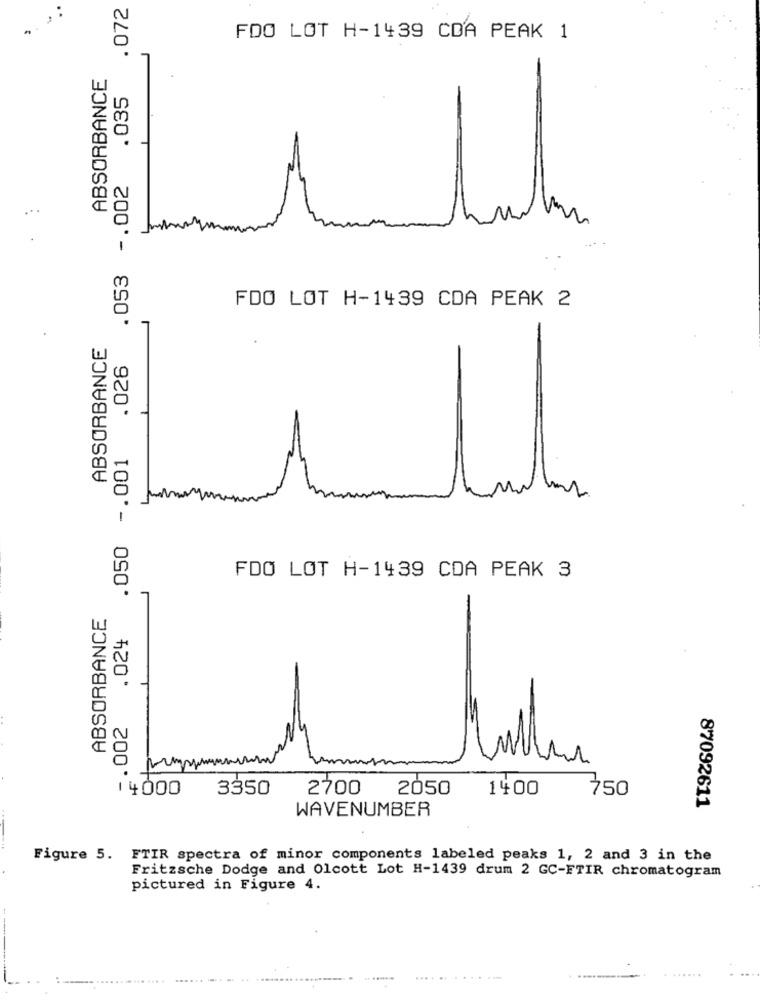
.072
FDO LOT H-1439 CDA PEAK 1
ABSORBANCE
. 035
.053 -. 002
...
FDO LOT H-1439 CDA PEAK 2
ABSORBANCE
.026
.050 -. 001
FDO LOT H-1439 CDA PEAK 3
ABSORBANCE
.024
-. 002
14000
3350
2700
2050
1400
750
87092611
WAVENUMBER
Figure 5. FTIR spectra of minor components labeled peaks 1, 2 and 3 in the
Fritzsche Dodge and Olcott Lot H-1439 drum 2 GC-FTIR chromatogram
pictured in Figure 4.
.... ....
.........